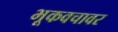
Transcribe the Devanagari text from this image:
भूकवचावर